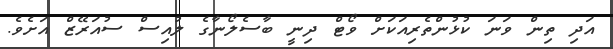
އަދި ތިން ވަނަ ކުޅުންތެރިއަކަށް ވޯޓް ދިނީ ބާސެލޯނާގެ ލުއިސް ސުއަރޭޒް އަށެވެ.